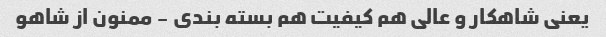
یعنی شاهکار و عالی هم کیفیت هم بسته بندی - ممنون از شاهو